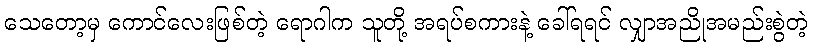
သေတော့မှ ကောင်လေးဖြစ်တဲ့ ရောဂါက သူတို့ အရပ်စကားနဲ့ ခေါ်ရရင် လျှာအညိုအမည်းစွဲတဲ့